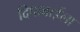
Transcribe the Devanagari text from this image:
दिपाबाईला